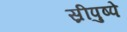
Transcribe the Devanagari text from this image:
स्रीपुष्पे